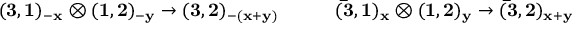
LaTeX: { \bf ( 3 , 1 ) _ { - x } \otimes ( 1 , 2 ) _ { - y } \rightarrow ( 3 , 2 ) _ { - ( x + y ) } } \qquad \quad { \bf ( \bar { 3 } , 1 ) _ { x } \otimes ( 1 , 2 ) _ { y } \rightarrow ( \bar { 3 } , 2 ) _ { x + y } }